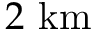
2 ~ \mathrm { k m }